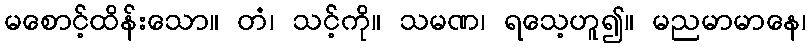
မစောင့်ထိန်းသော။ တံ၊ သင့်ကို။ သမဏ၊ ရသေ့ဟူ၍။ မညမာမာနေ၊